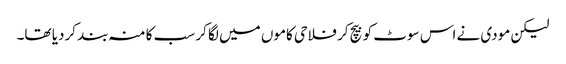
لیکن مودی نے اس سوٹ کو بیچ کر فلاحی کاموں میں لگا کر سب کا منہ بند کردیا تھا۔